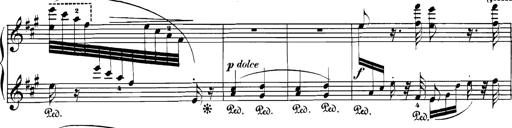
Title: Spinnerlied aus dem Fliegenden HollÃ¤nder
Composer: Franz Liszt